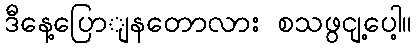
ဒီနေ့ပြောျနတောလား စသဖွငျ့ပေါ့။